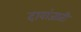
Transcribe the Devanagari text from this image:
दावांजाती